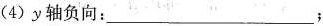
( 4 ) y 轴负向：___；